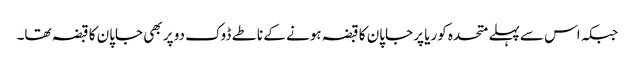
جبکہ اس سےپہلے متحدہ کوریا پر جاپان کا قبضہ ہونے کے ناطے ڈوک دو پر بھی جاپان کا قبضہ تھا۔